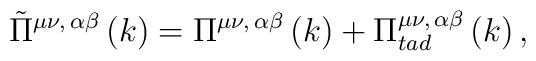
\tilde\Pi^{\mu\nu ,\,\alpha\beta}\left(k\right)=\Pi^{\mu\nu ,\,\alpha\beta}\left(k\right)+\Pi_{tad}^{\mu\nu ,\, \alpha\beta}\left(k\right),